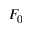
F _ { 0 }